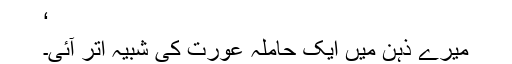
‘
میرے ذہن میں ایک حاملہ عورت کی شبیہ اتر آئی۔